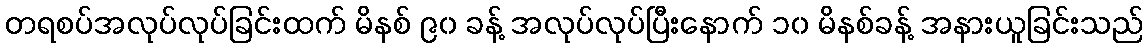
တရစပ်အလုပ်လုပ်ခြင်းထက် မိနစ် ၉၀ ခန့် အလုပ်လုပ်ပြီးနောက် ၁၀ မိနစ်ခန့် အနားယူခြင်းသည်